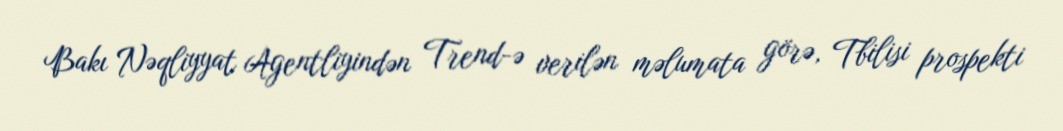
Bakı Nəqliyyat Agentliyindən Trend-ə verilən məlumata görə, Tbilisi prospekti